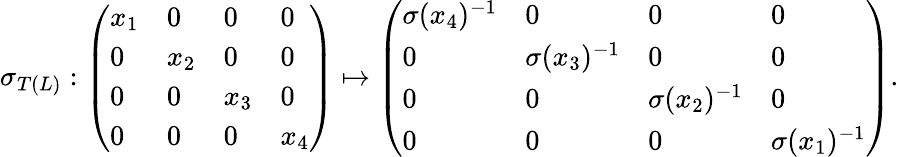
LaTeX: \sigma_{T(L)}:\left(\begin{array}{llll}{x_{1}}&{0}&{0}&{0}\\ {0}&{x_{2}}&{0}&{0}\\ {0}&{0}&{x_{3}}&{0}\\ {0}&{0}&{0}&{x_{4}}\end{array}\right)\mapsto\left(\begin{array}{llll}{\sigma(x_{4})^{-1}}&{0}&{0}&{0}\\ {0}&{\sigma(x_{3})^{-1}}&{0}&{0}\\ {0}&{0}&{\sigma(x_{2})^{-1}}&{0}\\ {0}&{0}&{0}&{\sigma(x_{1})^{-1}}\end{array}\right).